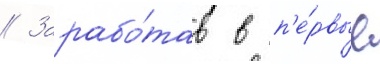
// Зарабо́тав в п'е́рвые